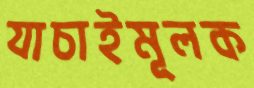
যাচাইমূলক